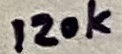
Text: 120k